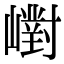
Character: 㠚